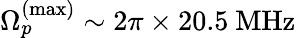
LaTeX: \Omega_{p}^{(\mathrm{max})}\sim 2\pi\times 20.5\ \mathrm{MHz}